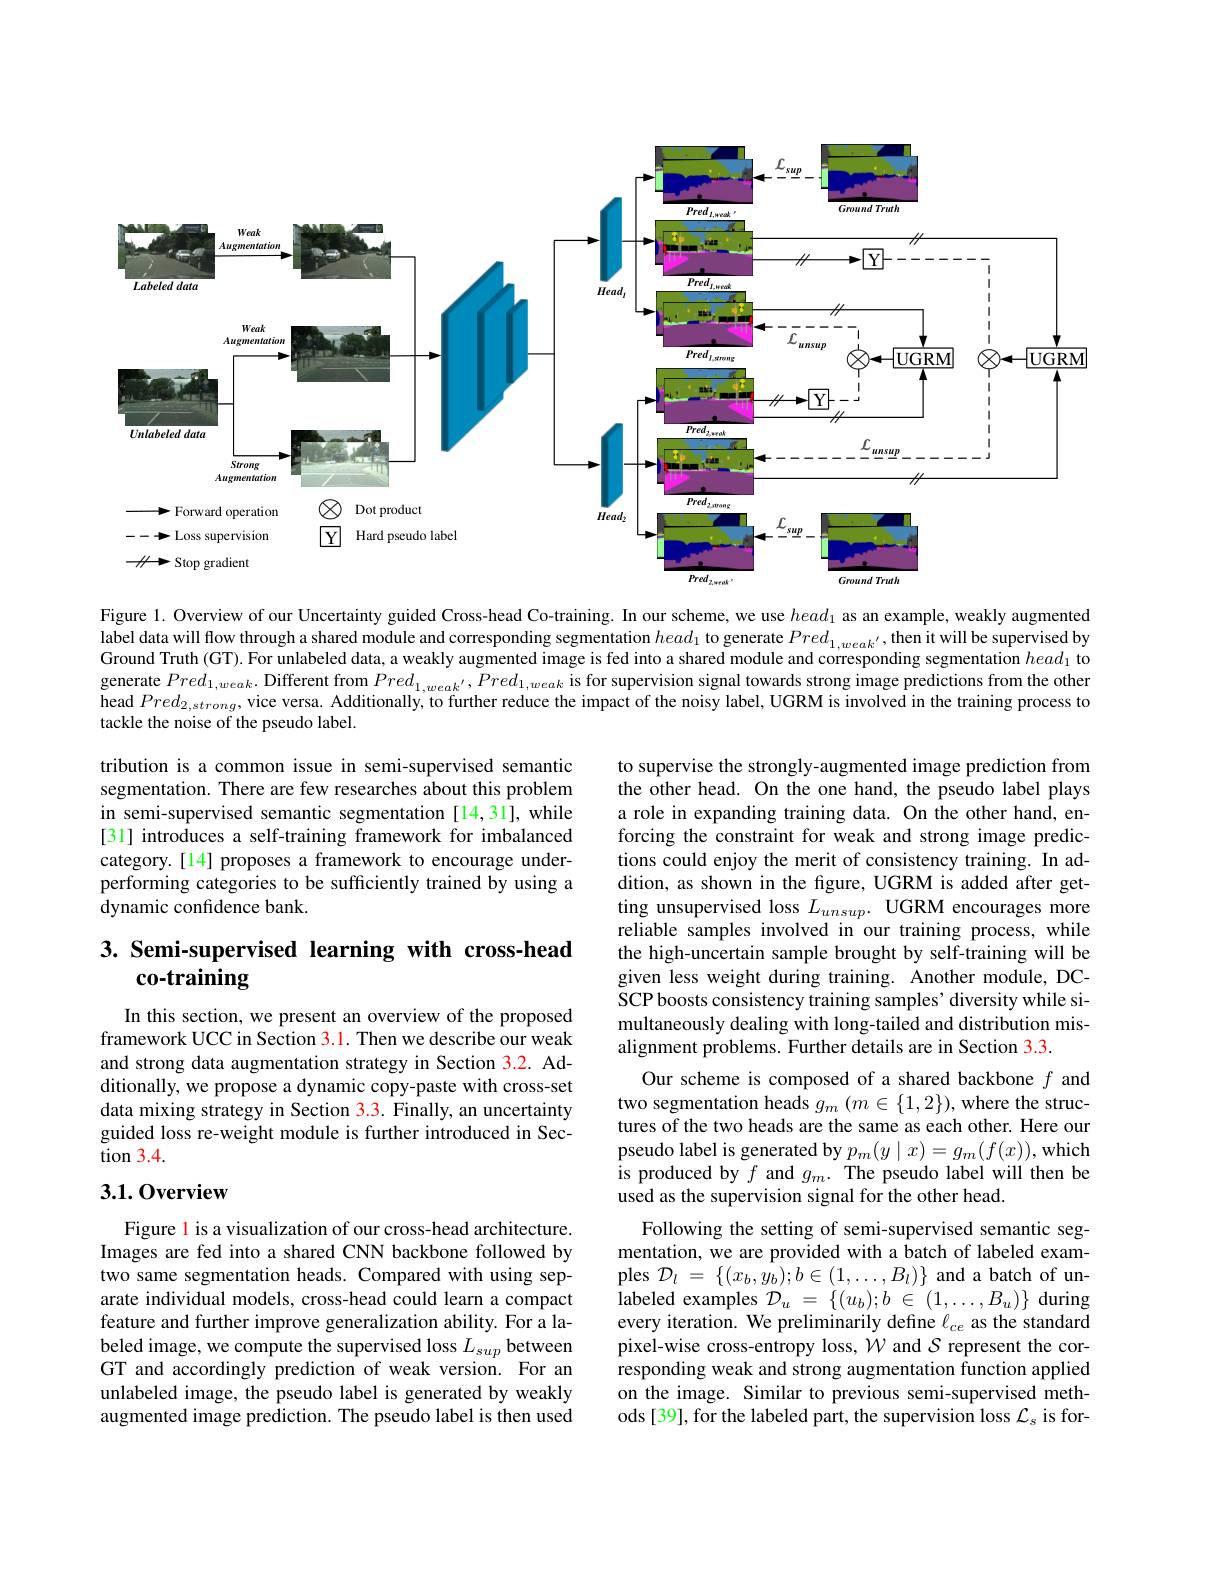
<FigureHere>

Figure 1. Overview of our Uncertainty guided Cross-head Co-training. In our scheme, we use $head_1$ as an example, weakly augmented label data will flow through a shared module and corresponding segmentation $head_1$ to generate $Pred_{1,weak^{\prime}}$,then it will be supervised by Ground Truth (GT). For unlabeled data, a weakly augmented image is fed into a shared module and corresponding segmentation $head_1$ to generate $Pred_{1,weak}.$ Different from $Pred_{1,weak^{\prime}},Pred_{1,weak}$ is for supervision signal towards strong image predictions from the other head $Pred_{2,strong}$, vice versa. Additionally, to further reduce the impact of the noisy label, UGRM is involved in the training process to tackle the noise of the pseudo label.

tribution is a common issue in semi-supervised semantic segmentation. There are few researches about this problem in semi-supervised semantic segmentation[14,31], while [31] introduces a self-training framework for imbalanced category.[14] proposes a framework to encourage underperforming categories to be sufficiently trained by using a dynamic confidence bank.

# 3. Semi-supervised learning with cross-head co-training

In this section, we present an overview of the proposed framework UCC in Section 3.1. Then we describe our weak and strong data augmentation strategy in Section 3.2. Additionally, we propose a dynamic copy-paste with cross-set data mixing strategy in Section 3.3. Finally, an uncertainty guided loss re-weight module is further introduced in Section 3.4.

to supervise the strongly-augmented image prediction from the other head. On the one hand, the pseudo label plays a role in expanding training data. On the other hand, enforcing the constraint for weak and strong image predictions could enjoy the merit of consistency training. In addition, as shown in the figure, UGRM is added after getting unsupervised loss $L_{unsup}.$ UGRM encourages more reliable samples involved in our training process, while the high-uncertain sample brought by self-training will be given less weight during training. Another module, DCSCP boosts consistency training samples' diversity while simultaneously dealing with long-tailed and distribution misalignment problems. Further details are in Section 3.3.
Our scheme is composed of a shared backbone $f$ and two segmentation heads $g_m(m\in\{1,2\})$, where the structures of the two heads are the same as each other. Here our pseudo label is generated by $p_m(y\mid x)=g_m(f(x))$,which is produced by $f$ and $g_m.$ The pseudo label will then be used as the supervision signal for the other head
Following the setting of semi-supervised semantic segmentation, we are provided with a batch of labeled examples $\mathcal{D} _l$ = $\{ ( x_{b}, \dot{y_{b}} ) ; b\in ( 1, \ldots , B_{l}) \}$ and a batch of unlabeled examples $\mathcal{D}_u=\{(u_b);b\in(1,\ldots,B_u)\}$ during every iteration. We preliminarily define $\ell_ce$ as the standard pixel-wise cross-entropy loss, $\mathcal{W}$ and $\mathcal{S}$ represent the corresponding weak and strong augmentation function applied on the image. Similar to previous semi-supervised methods [39], for the labeled part, the supervision loss $\mathcal{L}_s$ is for-

## 3.1.0verview

Figure l is a visualization of our cross-head architecture. Images are fed into a shared CNN backbone followed by two same segmentation heads. Compared with using separate individual models, cross-head could learn a compact feature and further improve generalization ability. For a labeled image, we compute the supervised loss $L_{sup}$ between GT and accordingly prediction of weak version. For an unlabeled image, the pseudo label is generated by weakly augmented image prediction. The pseudo label is then used